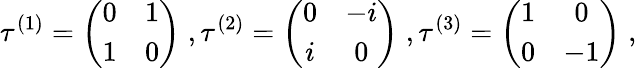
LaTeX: \tau^{(1)}=\left(\begin{array}{cc}{0}&{1}\\ {1}&{0}\end{array}\right)\; ,\tau^{(2)}=\left(\begin{array}{cc}{0}&{-i}\\ {i}&{0}\end{array}\right)\; ,\tau^{(3)}=\left(\begin{array}{cc}{1}&{0}\\ {0}&{-1}\end{array}\right)\; ,